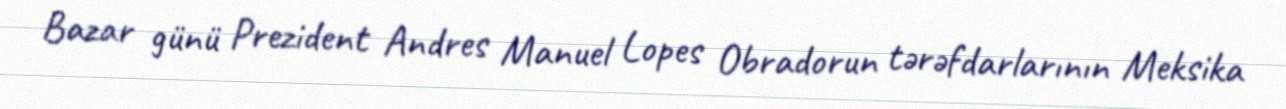
Bazar günü Prezident Andres Manuel Lopes Obradorun tərəfdarlarının Meksika